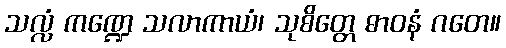
သလ္လံ ကဏ္ဍေ သလာကာယံ၊ သုစိတ္တေ ဓာဝနံ ဂတေ။